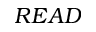
R E A D